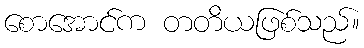
စောအောင်က တတိယဖြစ်သည်။